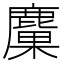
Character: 𪋊